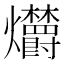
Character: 𤓣